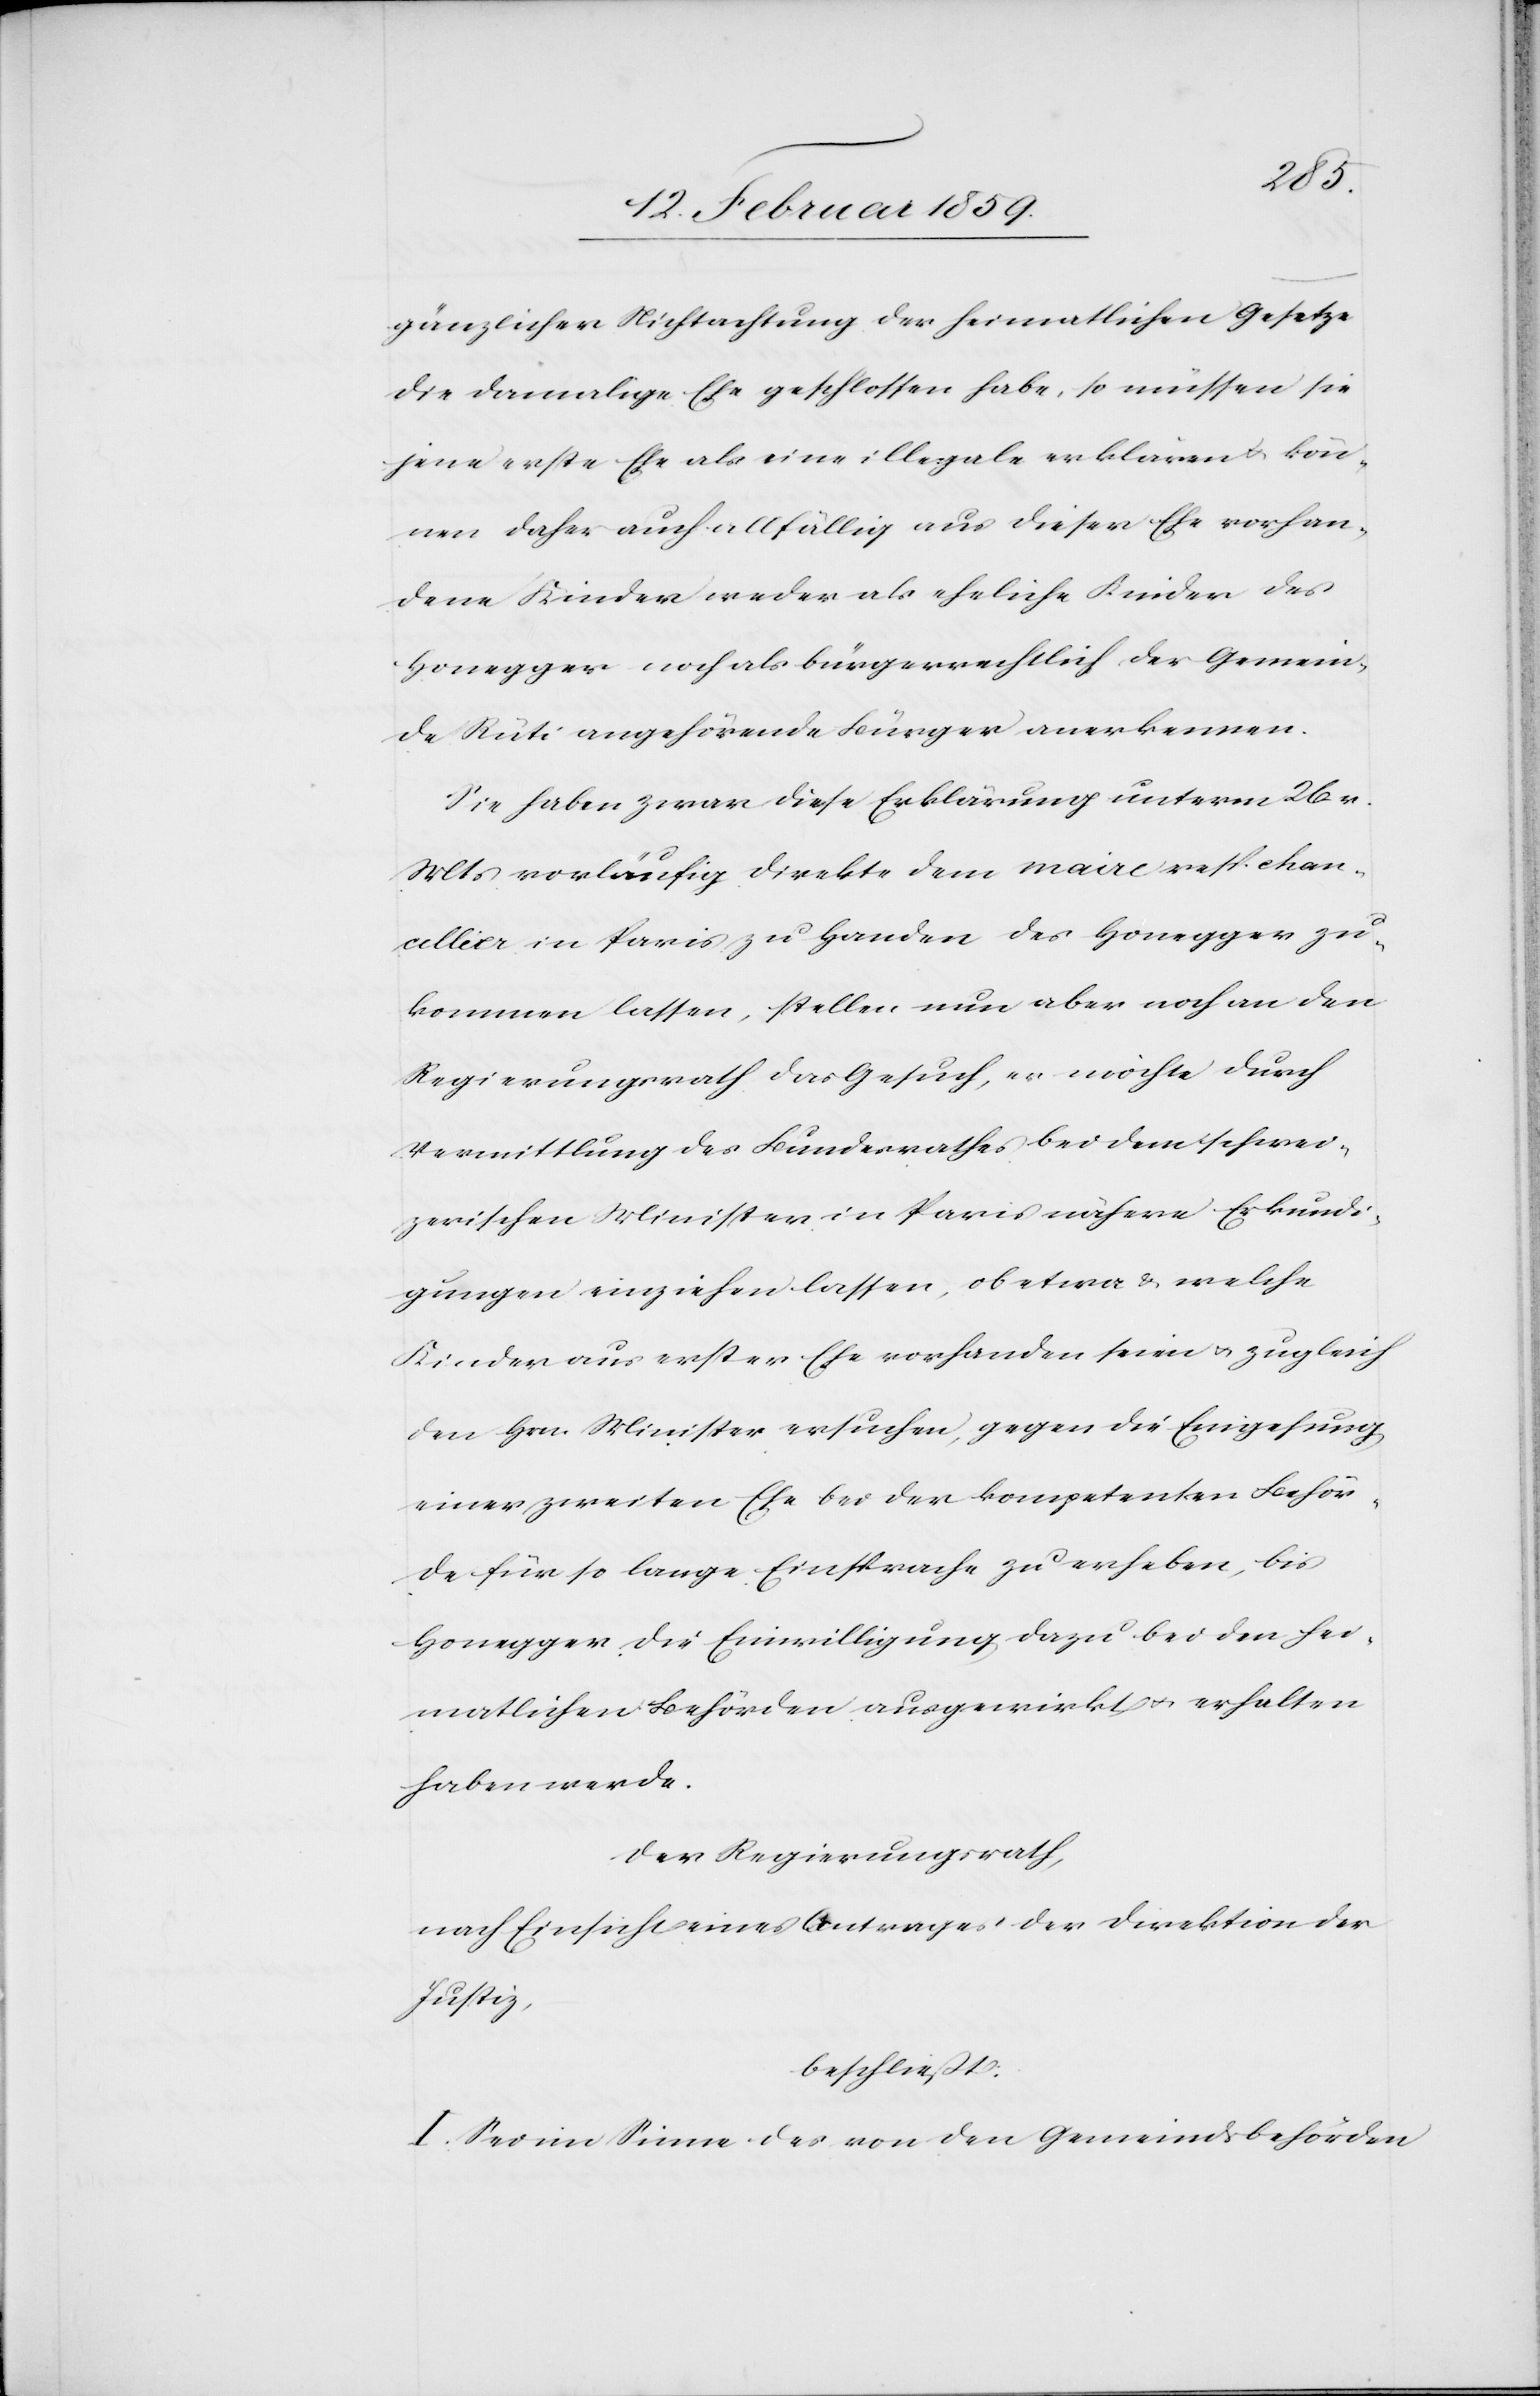
gänzlicher Nichtachtung der heimatlichen Gesetze
die damalige Ehe geschlossen habe, so müssen sie
jene erste Ehe als eine illegale erklären u. kön¬
nen daher auch allfällig aus dieser Ehe vorhan¬
dene Kinder weder als eheliche Kinder des
Honegger noch als bürgerrechtlich der Gemein¬
de Rüti angehörende Bürger anerkennen.
Sie haben zwar diese Erklärung unterm 26. v.
Mts vorläufig direkte dem maire resp. chan¬
cellier in Paris zu Handen des Honegger zu¬
kommen lassen, stellen nun aber noch an den
Regierungsrath das Gesuch, er möchte durch
Vermittlung des Bundesrathes bei dem schwei¬
zerischen Minister in Paris nähere Erkundi¬
gungen einziehen lassen, ob etwa & welche
Kinder aus erster Ehe vorhanden seien u. zugleich
den Hrn. Minister ersuchen, gegen die Eingehung
einer zweiten Ehe bei der kompetenten Behör¬
de für so lange Einsprache zu erheben, bis
Honegger die Einwilligung dazu bei den hei¬
matlichen Behörden ausgewirkt u. erhalten
haben werde.
Der Regierungsrath,
nach Einsicht eines Antrages der Direktion der
Justiz,
beschließt:
I. Sei im Sinne des von den Gemeindsbehörden